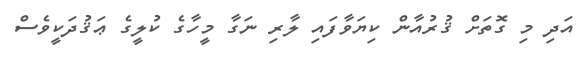
އަދި މި ގޮތަށް ޤުރުއާން ކިޔަވާފައި ލާރި ނަގާ މީހާގެ ކުލީގެ ޢަޤުދަކީވެސް